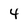
Character: 4